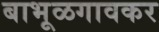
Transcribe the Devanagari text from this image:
बाभूळगावकर